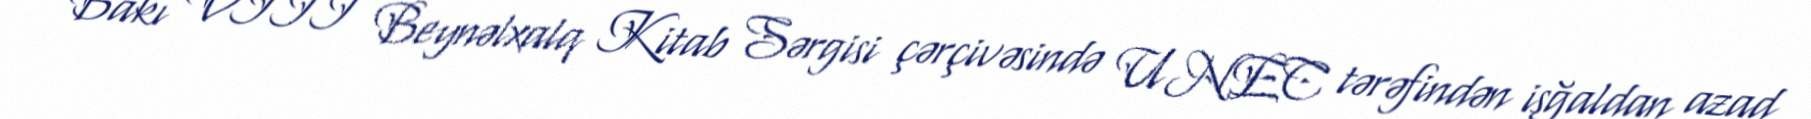
Bakı VIII Beynəlxalq Kitab Sərgisi çərçivəsində UNEC tərəfindən işğaldan azad